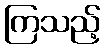
ကြသည့်